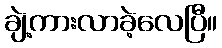
ချဲ့ကားလာခဲ့လေပြီ။